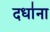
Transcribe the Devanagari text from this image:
दधा॑ना